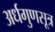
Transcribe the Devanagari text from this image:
अर्धगुणसूत्र